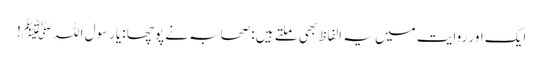
ایک اور روایت میں یہ الفاظ بھی ملتے ہیں :صحابہ نے پوچھا :یارسول اللہﷺ!